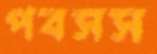
পবসস